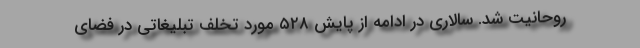
روحانیت شد. سالاری در ادامه از پایش ۵۲۸ مورد تخلف تبلیغاتی در فضای